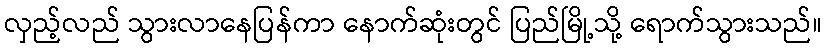
လှည့်လည် သွားလာနေပြန်ကာ နောက်ဆုံးတွင် ပြည်မြို့သို့ ရောက်သွားသည်။